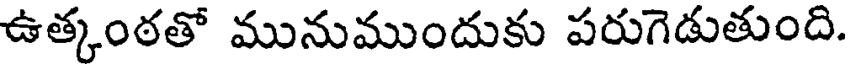
ఉత్కంఠతో మునుముందుకు పరుగెడుతుంది.